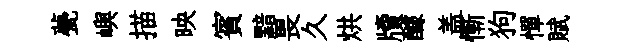
甍嶼描映賓黯畏久烘牘醵盖慚狗憚賦